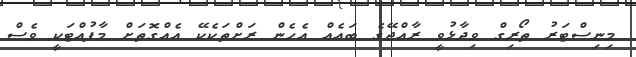
މިނިސްޓަރު ތޯރިގް ވިދާޅުވީ ރާއްޖޭގެ ބައެއް އެހެން ރަށްތަކެކޭ އެއްގޮތަށް މާފުއްޓަކީ ވެސް